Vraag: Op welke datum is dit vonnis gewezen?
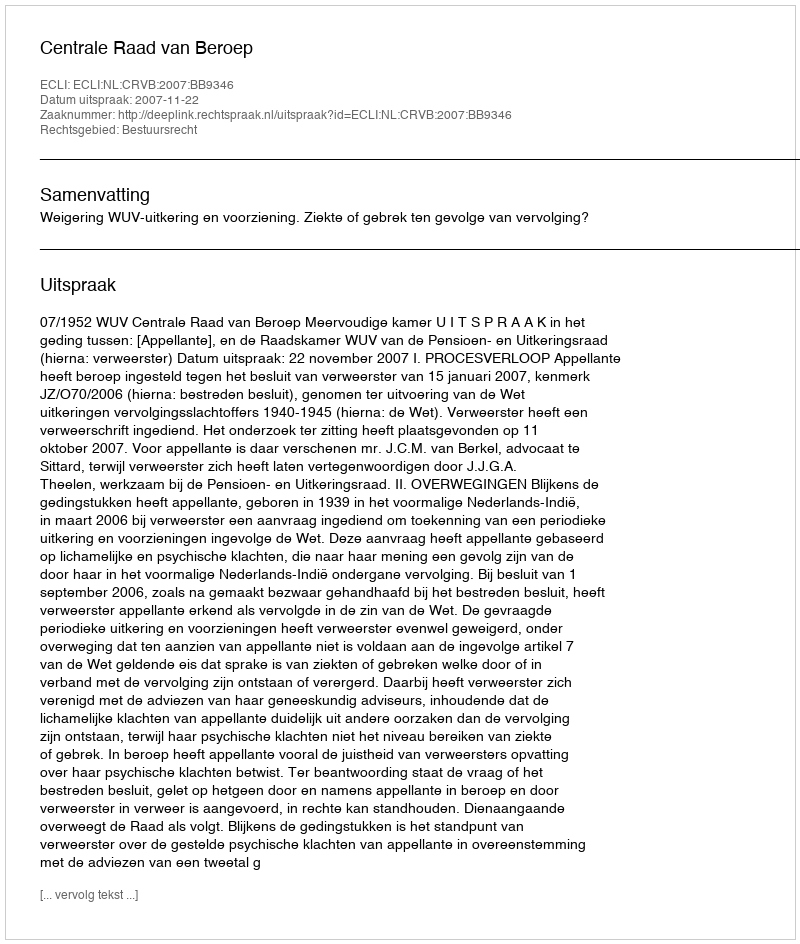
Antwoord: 2007-11-22